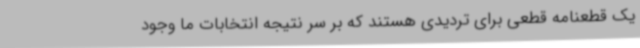
یک قطعنامه قطعی برای تردیدی هستند که بر سر نتیجه انتخابات ما وجود